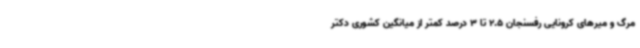
مرگ و میرهای کرونایی رفسنجان 2.5 تا 3 درصد کمتر از میانگین کشوری دکتر